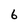
Character: 6